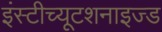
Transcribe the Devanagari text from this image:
इंस्टीच्यूटशनाइज्ड